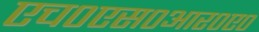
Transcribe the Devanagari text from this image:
एच०एस०आर०ए०